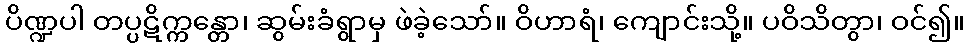
ပိဏ္ဍပါ တပ္ပဋိက္ကန္တော၊ ဆွမ်းခံရွာမှ ဖဲခဲ့သော်။ ဝိဟာရံ၊ ကျောင်းသို့။ ပဝိသိတွာ၊ ဝင်၍။